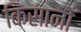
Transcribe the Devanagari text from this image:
किसानोँ